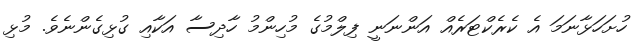
ހުށަހަޅާނަމަ އެ ކެރެކްޓަރެއް އަންނަނީ ފިލްމުގެ މުހިންމު ހާދިސާ އަކާއި ގުޅިގެންނެވެ. މުޅި